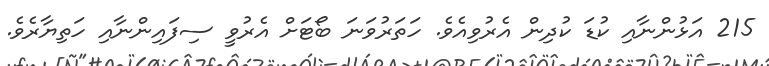
215 އަޅުންނާއި ކުޑަ ކުދިން އެރުވިއެވެ. ހަތަރުވަނަ ބޯޓަށް އެރުވީ ސިފައިންނާއި ހަތިޔާރެވެ.